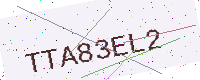
Text: TTA83EL2